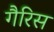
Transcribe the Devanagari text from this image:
गैरिस